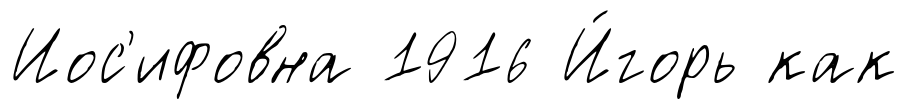
Иос'ифовна 1916 И́горь как